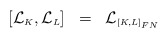
\begin{align*}[{\cal L}_{\scriptscriptstyle K},{\cal L}_{\scriptscriptstyle L}] \;\; = \;\;{\cal L}_{\scriptscriptstyle[K,L]_{FN}} \end{align*}